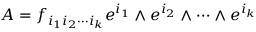
A = f _ { i _ { 1 } i _ { 2 } \cdots i _ { k } } e ^ { i _ { 1 } } \wedge e ^ { i _ { 2 } } \wedge \cdots \wedge e ^ { i _ { k } }